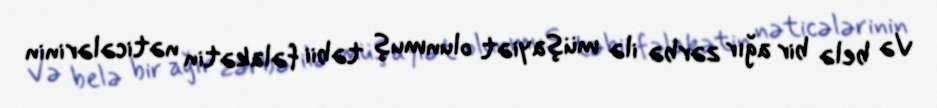
Və belə bir ağır zərbə ilə müşayiət olunmuş təbii fəlakətin nəticələrinin